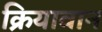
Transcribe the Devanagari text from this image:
क्रियावान